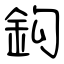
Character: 鈎